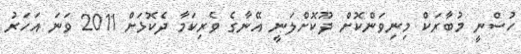
ހުސްނީ މުބާރަކް މިނިވަންކޮށް ދޫކޮށްލަނީ އޭނާގެ ވެރިކަމާ ދެކޮޅަށް 2011 ވަނަ އަހަރު